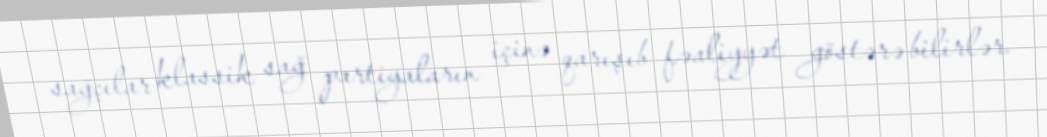
sağçılar klassik sağ partiyaların içinə qarışıb fəaliyyət göstərə bilirlər.